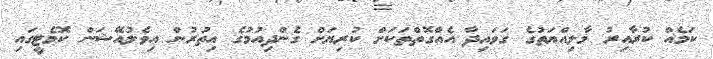
ކަމެއް ކުރާއިރު މާލިއްޔަތުގެ ގަވައިދާ އެއްގޮތްތަކަށް ކުރިޔަށް ގެންދިއުމުގެ އިތުރުން އިވެލުއޭޝަން ކޮމެޓީގައި